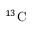
{ } ^ { 1 3 } \mathrm { C }